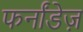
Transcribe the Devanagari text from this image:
फर्नांडेज़